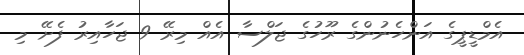
އެމްޑީޕީގެ އަންހެނުންގެ ރޫހުގެ ޖަލްސާ އެއް މިރޭ 9 ޖަހާއިރު ފެށޭ މި